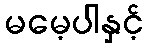
မမေ့ပါနှင့်